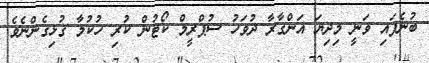
ބުނެފައި ވަނީ މިދިޔަ އަންގާރާ ދުވަހު ސުޕްރީމް ކޯޓުން ކުރި ހުކުމާ ގުޅިގެންނެވެ.